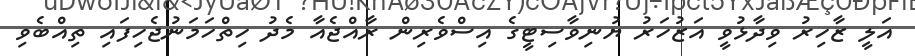
އަލީ ޒާހިރު ވިދާޅުވީ އަޒުހަރު ޔުނިވާސިޓީގެ އިސްވެރިން ރާއްޖެއާ މެދު ހިތްހަމަނުޖެހިފައި ތިއްބެވި